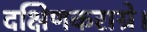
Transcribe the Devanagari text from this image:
दक्षिणकराग्रे।